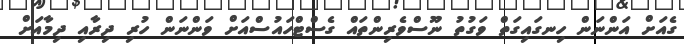
ގެއަށް އަންނަން ހިނގައިގަތް ވަގުތު ނޫސްވެރިންތައް ގެސްޓްހައުސްއަށް ވަންނަން ހުރި ދިރާއި ދިމާއަށް